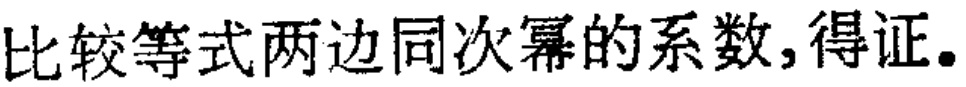
比较等式两边同次幂的系数,得证。